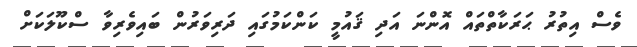
ވެސް އިތުރު ޙަރަކާތްތައް އޮންނަ އަދި ޤައުމީ ކަންކަމުގައި ދަރިވަރުން ބައިވެރިވާ ސްކޫލަކަށް